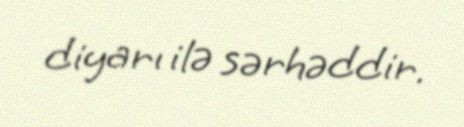
diyarı ilə sərhəddir.